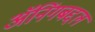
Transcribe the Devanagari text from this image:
ॲनिंगबद्दल